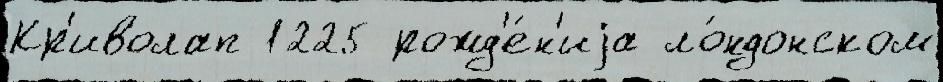
Кр'иволап 1225 рожд'е́н'иjа ло́ндонском